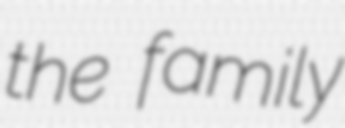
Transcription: the family